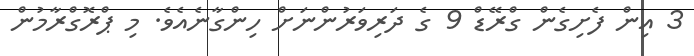
3 އިން ފެށިގެން ގްރޭޑް 9 ގެ ދަރިވަރުންނަށް ހިންގާނެއެވެ. މި ޕްރޮގްރާމުން